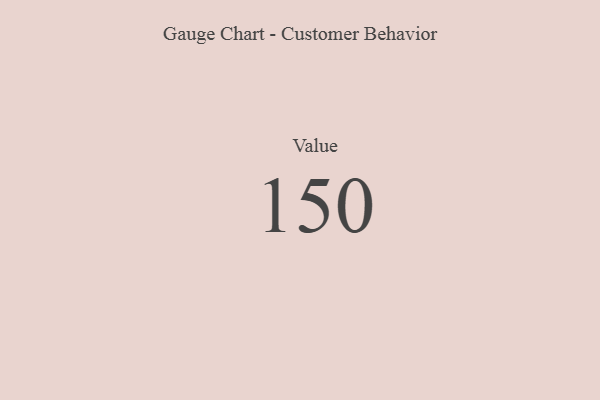
{"axis": {"x": "Metric", "y": "Value"}, "legend": [""], "data": [{"x": "Value", "y": 150, "type": ""}]}